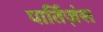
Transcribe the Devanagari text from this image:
पार्तिज़ंस